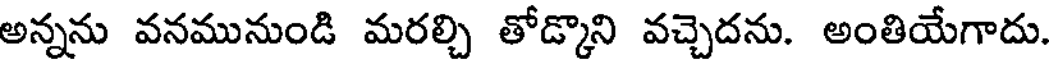
అన్నను వనమునుండి మరల్చి తోడ్కొని వచ్చెదను. అంతియేగాదు.